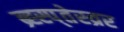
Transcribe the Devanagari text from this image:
ब्र्ह्स्प्तेस्व्रर